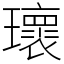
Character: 瓌